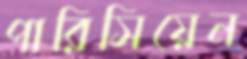
পারিসিয়েন